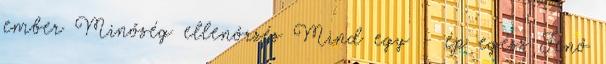
ember Minőség ellenőrzés Mind egy - ép egész Jenő